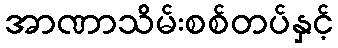
အာဏာသိမ်းစစ်တပ်နှင့်